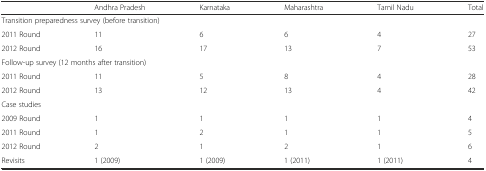
<table><thead><tr><td></td><td><b>Andhra Pradesh</b></td><td><b>Karnataka</b></td><td><b>Maharashtra</b></td><td><b>Tamil Nadu</b></td><td><b>Total</b></td></tr></thead><tbody><tr><td colspan="6">Transition preparedness survey (before transition)</td></tr><tr><td>2011 Round</td><td>11</td><td>6</td><td>6</td><td>4</td><td>27</td></tr><tr><td>2012 Round</td><td>16</td><td>17</td><td>13</td><td>7</td><td>53</td></tr><tr><td colspan="6">Follow-up survey (12 months after transition)</td></tr><tr><td>2011 Round</td><td>11</td><td>5</td><td>8</td><td>4</td><td>28</td></tr><tr><td>2012 Round</td><td>13</td><td>12</td><td>13</td><td>4</td><td>42</td></tr><tr><td colspan="6">Case studies</td></tr><tr><td>2009 Round</td><td>1</td><td>1</td><td>1</td><td>1</td><td>4</td></tr><tr><td>2011 Round</td><td>1</td><td>2</td><td>1</td><td>1</td><td>5</td></tr><tr><td>2012 Round</td><td>2</td><td>1</td><td>2</td><td>1</td><td>6</td></tr><tr><td>Revisits</td><td>1 (2009)</td><td>1 (2009)</td><td>1 (2011)</td><td>1 (2011)</td><td>4</td></tr></tbody></table>